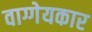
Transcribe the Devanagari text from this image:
वाग्गेयकार